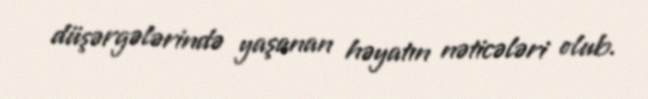
düşərgələrində yaşanan həyatın nəticələri olub.